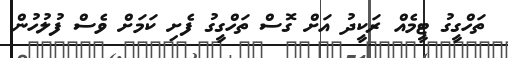
ތަހްގީގު ޓީމެއް ރަކީދު އަށް ގޮސް ތަހްގީގު ފެށި ކަމަށް ވެސް ފުލުހުން